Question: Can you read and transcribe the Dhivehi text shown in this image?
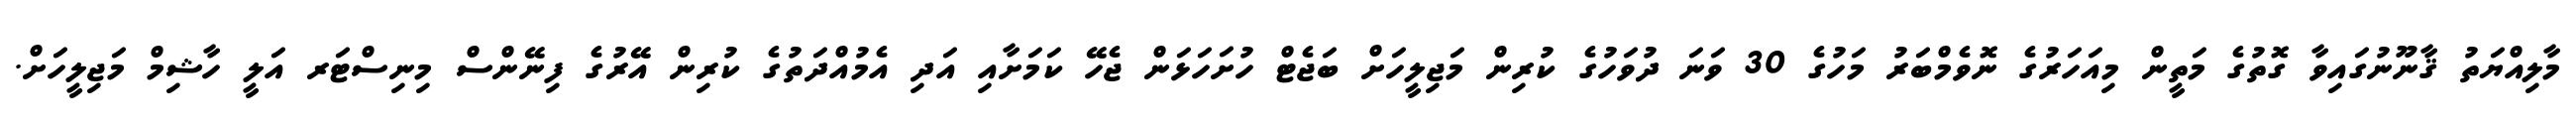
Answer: މާލިއްޔަތު ޤާނޫނުގައިވާ ގޮތުގެ މަތީން މިއަހަރުގެ ނޮވެމްބަރު މަހުގެ 30 ވަނަ ދުވަހުގެ ކުރިން މަޖިލީހަށް ބަޖެޓް ހުށަހަޅަން ޖެހޭ ކަމަށާއި އަދި އެމުއްދަތުގެ ކުރިން އޭރުގެ ފިނޭންސް މިނިސްޓަރ އަލީ ހާޝިމް މަޖިލީހަށް.